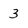
Character: 3